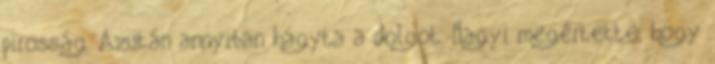
pirosság. Azután annyiban hagyta a dolgot. Nagyi megértette, hogy